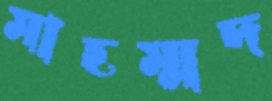
মাহম্মদ